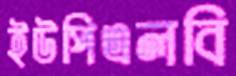
ইউপিএলবি